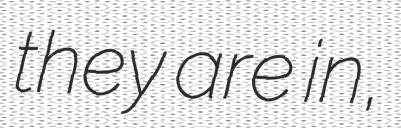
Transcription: they are in,